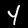
Digit: 4